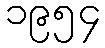
၁၉၅၄